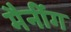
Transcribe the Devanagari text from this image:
मैनींग